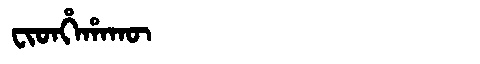
Manchu: ᠸᡳᡨᡥᡝᡥᠠᡴᡡ
Romanization: FITHEHAKŪ